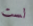
لست